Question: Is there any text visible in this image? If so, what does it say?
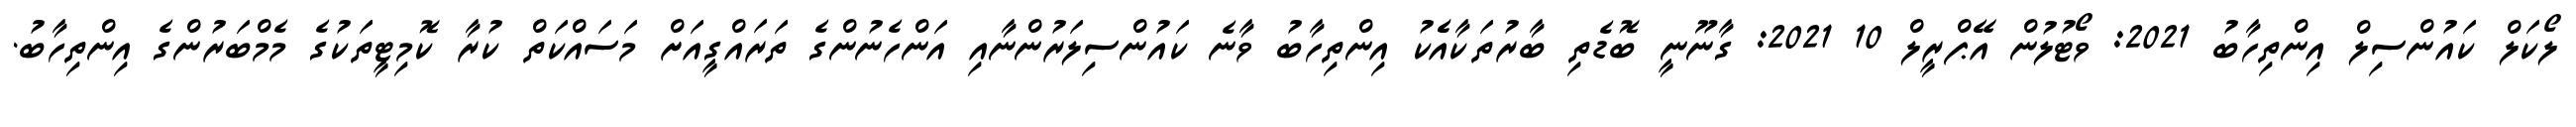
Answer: ލޯކަލް ކައުންސިލް އިންތިހާބު 2021: ވޯޓުލުން އޭޕްރީލް 10 2021: ގާނޫނީ ބޮޑެތި ބާރުތަކާއެެކު އިންތިހާބު ވާނެ ކައުންސިލަރުންނާއި އަންހެނުންގެ ތަރައްގީއަށް މަސައްކަތް ކުރާ ކޮމިޓީތަކުގެ މެމްބަރުންގެ އިންތިހާބު.